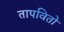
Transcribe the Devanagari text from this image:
तापवितो